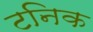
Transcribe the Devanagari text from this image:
टनिक